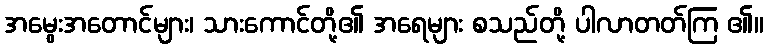
အမွေးအတောင်များ၊ သားကောင်တို့၏ အရေများ စသည်တို့ ပါလာတတ်ကြ ၏။